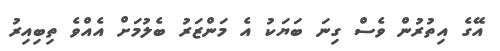
އޭގެ އިތުުރުން ވެސް ގިނަ ބަޔަކު އެ މަންޒަރު ބެލުމަށް އެއްވެ ތިބިއިރު